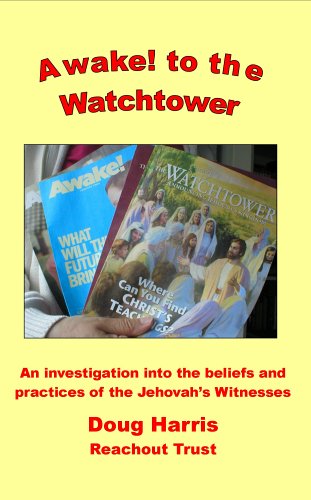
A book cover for Awake! to the Watchtower; Doug Harris; Christian Books & Bibles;